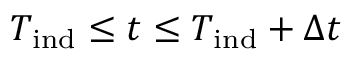
T _ { \mathrm { i n d } } \leq t \leq T _ { \mathrm { i n d } } + \Delta t